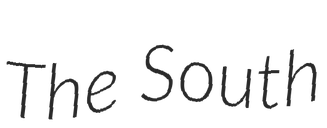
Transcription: The South